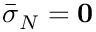
\bar { \boldsymbol { \sigma } } _ { N } = { \bf 0 }